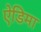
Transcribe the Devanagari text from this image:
ऐडिमा